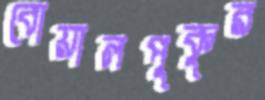
বোয়ালপুকুর